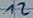
Text: 12